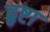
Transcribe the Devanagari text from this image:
हृष्टा